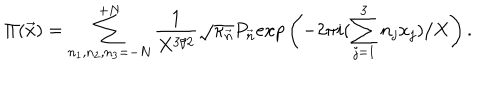
\Pi ( { \vec { x } } ) = \sum _ { n _ { 1 } , n _ { 2 } , n _ { 3 } = - N } ^ { + N } \frac { 1 } { X ^ { 3 / 2 } } { \sqrt { \kappa _ { \vec { n } } } } P _ { \vec { n } } e x p \left( - 2 \pi i ( \sum _ { j = 1 } ^ { 3 } n _ { j } x _ { j } ) / X \right) .